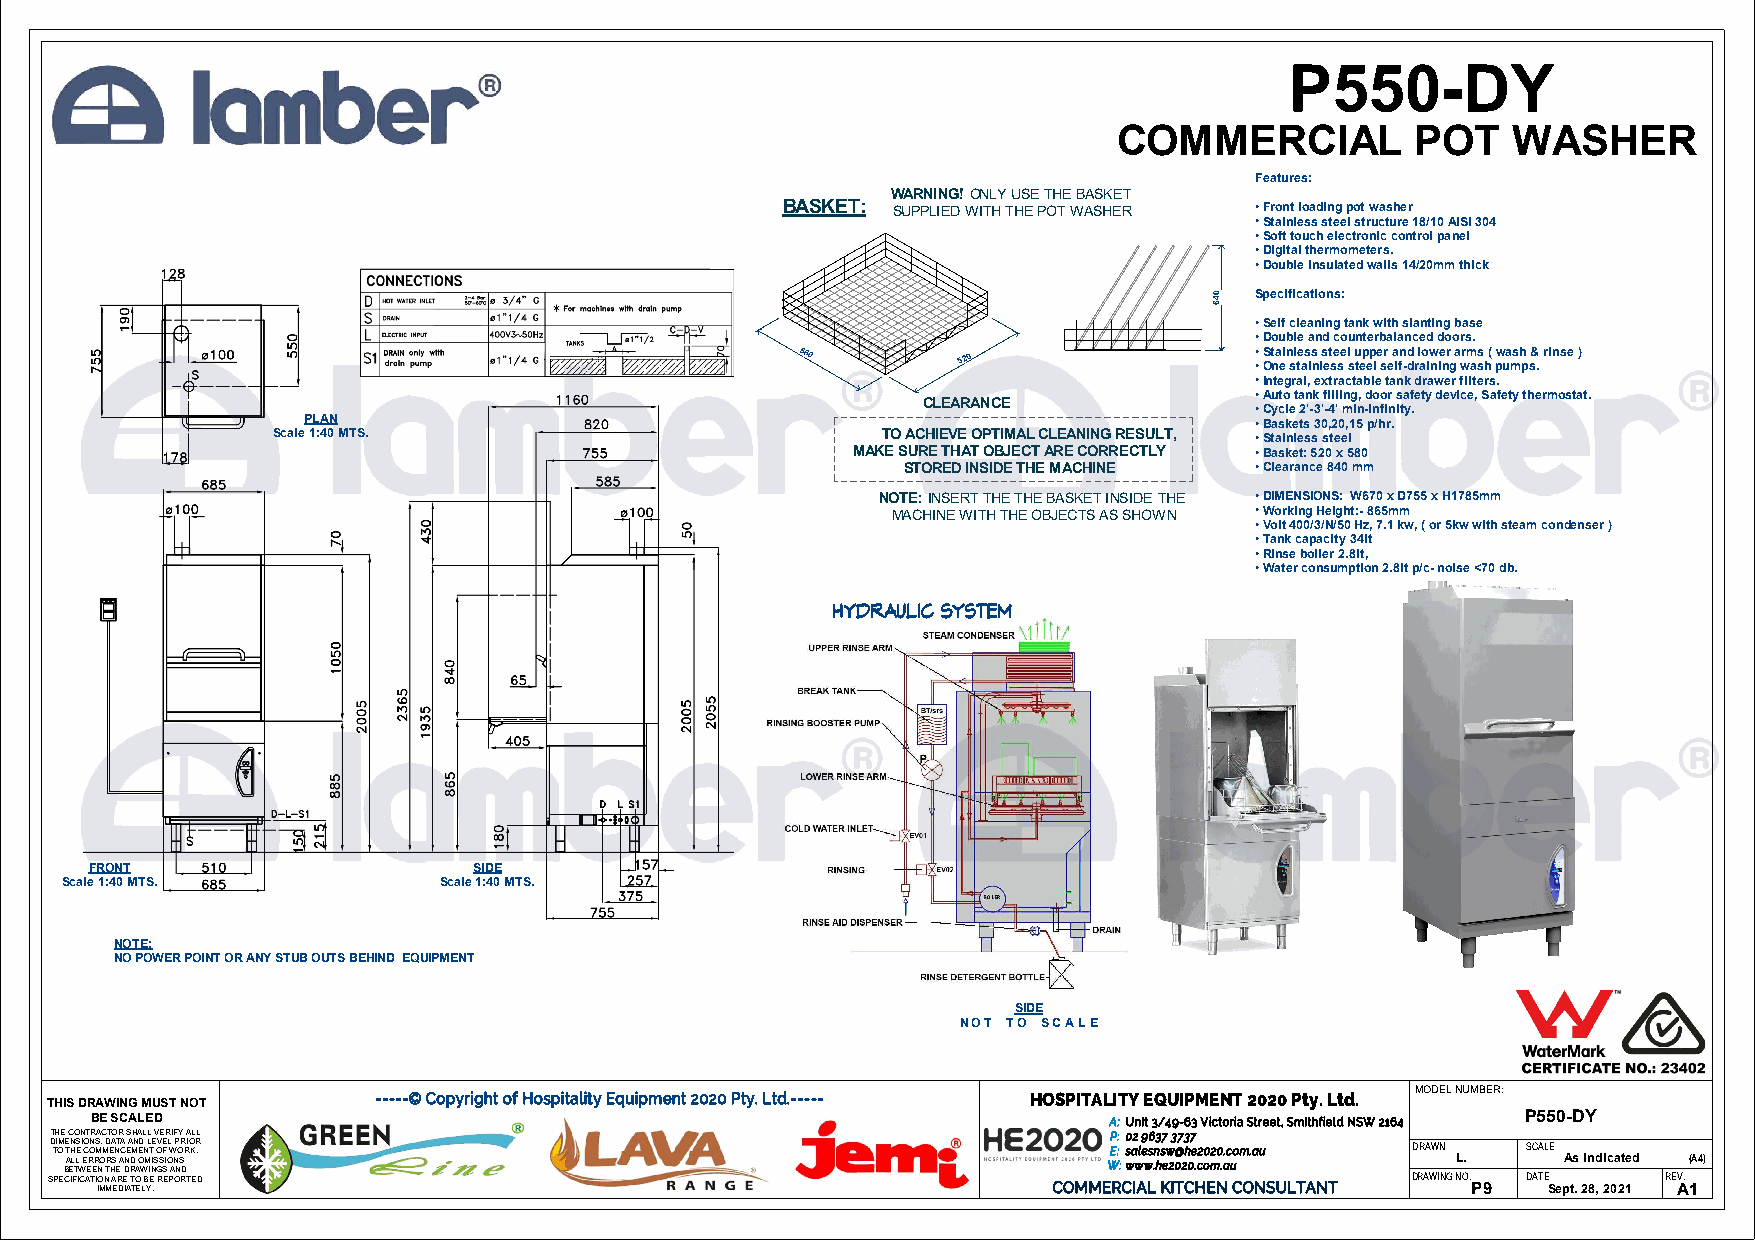
P550-DY
 COMMERCIAL          POT   WASHER
 Features:
 WARNING!ONLY USE THE BASKET
 BASKET: SUPPLIED WITH THE POT WASHER • Front loading pot washer
 • Stainless steel structure 18/10 AISI 304
 • Soft touch electronic control panel
 • Digital thermometers.
 • Double insulated walls 14/20mm thick
 Specifications:
 • Self cleaning tank with slanting base
 • Double and counterbalanced doors.
 750800     750200             •• OSt na ei n sl te as is
 n
 ls et se se l
 s
 u tep ep le sr
 e
 a lfn -dd rl ao iw nie nr
 g
 a wrm ass
 h
 ( pw ua msh
 p
 s&
 .
 rinse )
 • Integral, extractable tank drawer filters.
 • Auto tank filling, door safety device, Safety thermostat.
 CLEARANCE
 • Cycle 2'-3'-4' min-infinity.
 PLAN                                                           • Baskets 30,20,15 p/hr.
 Scale 1:40 MTS.                         TO ACHIEVE OPTIMAL CLEANING RESULT, • Stainless steel
 MAKE SURE THAT OBJECT ARE CORRECTLY • Basket: 520 x 580
 STORED INSIDE THE MACHINE • Clearance 840 mm
 NOTE:INSERT THE THE BASKET INSIDE THE • DIMENSIONS: W670 x D755 x H1785mm
 MACHINE WITH THE OBJECTS AS SHOWN • Working Height:-865mm
 • Volt 400/3/N/50 Hz, 7.1 kw, ( or 5kw with steam condenser )
 • Tank capacity 34lt
 • Rinse boiler 2.8lt,
 • Water consumption 2.8lt p/c-noise <70 db.
 HYDRAULIC SYSTEM
 FRONT                    SIDE
 Scale 1:40 MTS.          Scale 1:40 MTS.
 NOTE:
 NO POWER POINT OR ANY STUB OUTS BEHIND EQUIPMENT
 SIDE
 N O T T O S C A L E
 MODEL NUMBER:
 THIS DRAWING MUST NOT -----© Copyright of Hospitality Equipment 2020 Pty. Ltd.----- HOSPITALITY EQUIPMENT 2020 Pty. Ltd.
 BE SCALED                                                          A:Unit 3/49-63 Victoria Street, Smithfield NSW 2164 P550-DY
 THE CONTRACTOR SHALL VERIFY ALL                                       P: 02 9637 3737
 D TI OM E ATN H LLS E I EO C RON RS M O, M D REA SNT ACA NE A DMN E OD N M L T IE S OV SE F IO L W NP O SR R IO KR . WE: :s wa wle ws .n hs ew 20@ 2h 0e .c2 o0 m20 .a.c uom.au DRAWN L. SCALE As indicated (A4)
 SPEB CE IFT IW CAE TE I IN O M N MT H A EE R D E ID A R T TA O EW L B YI E .N G RS E PA ON RD T ED COMMERCIAL KITCHEN CONSULTANT DRAWING NO. P9 DATE Sept. 28, 2021 REV A. 1
 004266